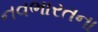
નવભારતના